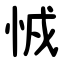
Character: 㤜